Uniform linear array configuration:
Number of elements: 24
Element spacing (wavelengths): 0.75
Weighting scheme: kaiser
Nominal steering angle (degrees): -15
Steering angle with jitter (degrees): -14.094
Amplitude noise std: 0.05
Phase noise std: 0.05

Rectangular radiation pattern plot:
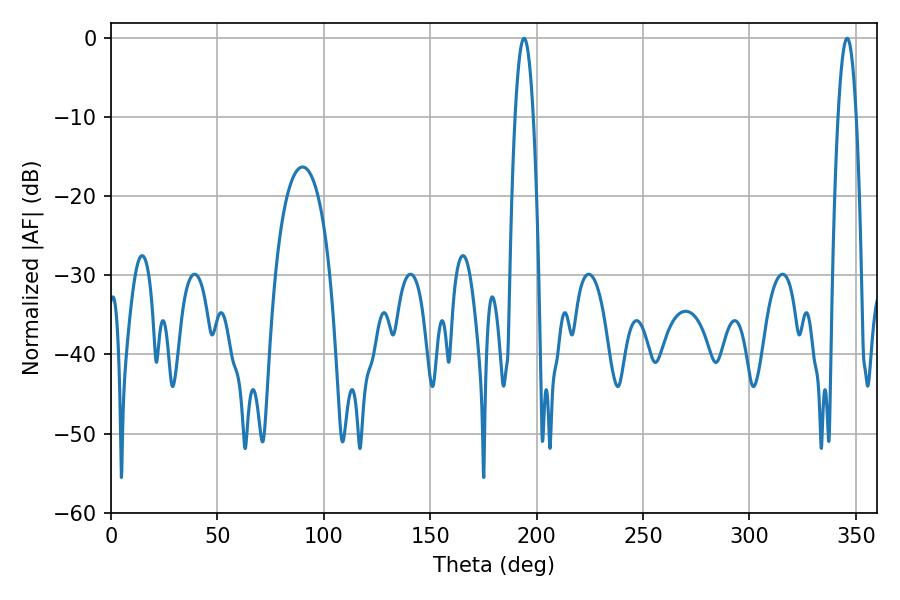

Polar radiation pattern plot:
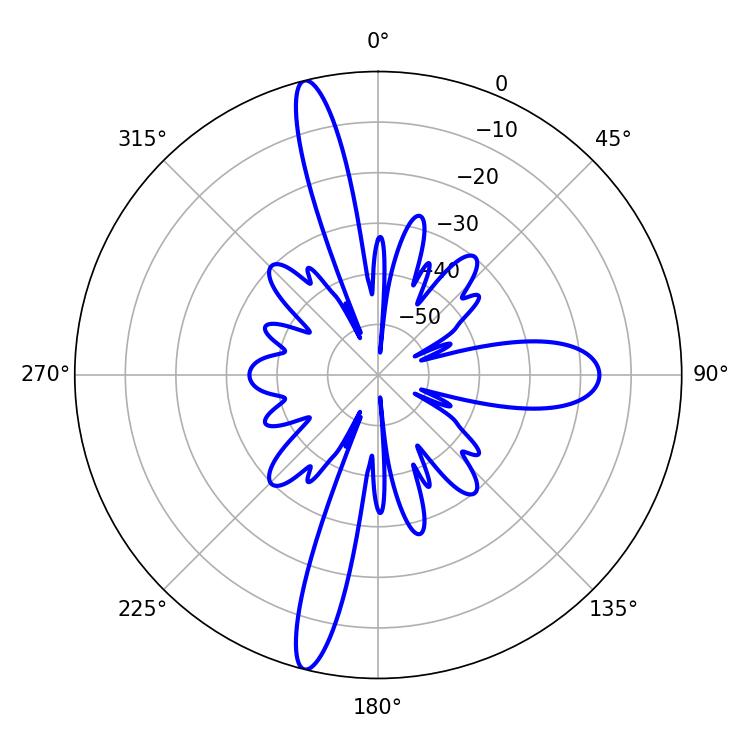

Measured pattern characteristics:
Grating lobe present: TRUE
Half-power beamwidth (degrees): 4.68
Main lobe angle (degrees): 194.04